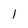
Character: 1